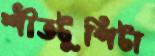
শীতটুপিটা